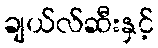
ချယ်လ်ဆီးနှင့်